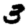
Digit: 3